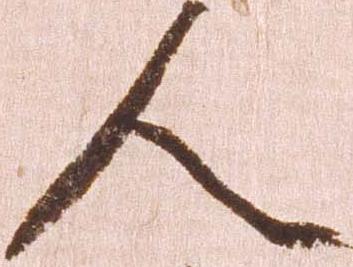
人